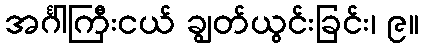
အင်္ဂါကြီးငယ် ချွတ်ယွင်းခြင်း၊ ၉။